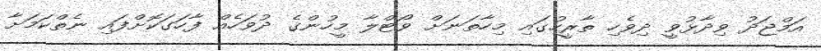
އަމްޖަދު ވިދާޅުވީ ދިވެހި ތާރީހުގައި މިހާތަނަށް ވޯޓްލާ މީހުންގެ ދުވަހެއް ފާހަގަކޮށްފައި ނެތްކަމަށާ